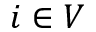
i \in V